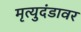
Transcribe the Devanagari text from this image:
मृत्युदंडावर